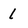
Character: l